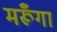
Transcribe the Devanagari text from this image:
मरूँगा